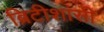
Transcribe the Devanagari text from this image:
ब्रिटीशांसी